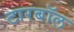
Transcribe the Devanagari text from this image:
टारबॉल